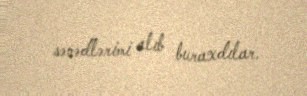
sənədlərimi alıb buraxdılar.